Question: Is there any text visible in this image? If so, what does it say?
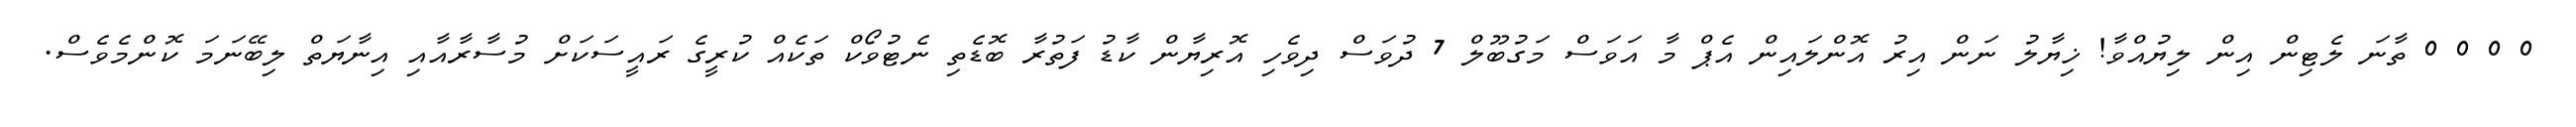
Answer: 0 0 0 0 ތާނަ ލެޓިން އިން ލިޔުއްވާ! ޚިޔާލު ނަން އިރު އޮންލައިން އެޕް މާ އަވަސް މަގުބޫލް 7 ދުވަސް ދިވެހި އޮރިޔާން ކާޑު ފަތުރާ ބޮޑެތި ނެޓުވޯކް ތަކެއް ކުރީގެ ރައީސަކަށް މުސާރާއާއި އިނާޔަތް ލިބޭނަމަ ކޮންމެވެސް.